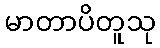
မာတာပိတူသု